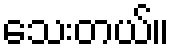
သေးတယ်။